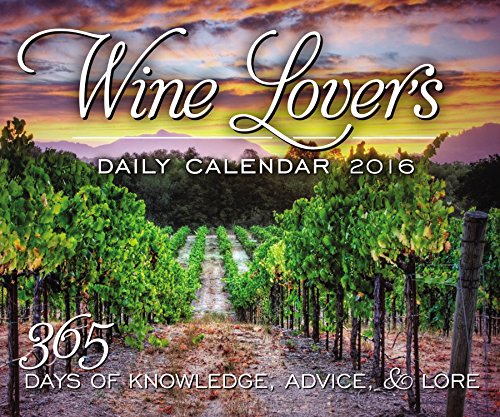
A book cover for Wine Lover's Daily Calendar 2016: 365 Days of Knowledge, Advice, and Lore; Editors of Rock Point; Calendars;